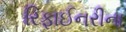
રિફાઈનરીના